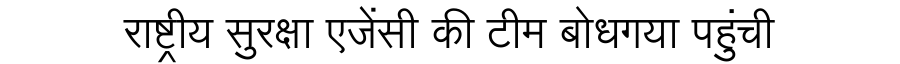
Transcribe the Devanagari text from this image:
राष्ट्रीय सुरक्षा एजेंसी की टीम बोधगया पहुंची